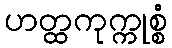
ဟတ္ထကုက္ကုစ္စံ